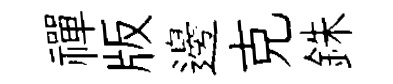
禪版邊克銖